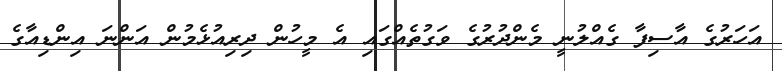
އަހަރުގެ އާސިފާ ގެއްލުނީ މެންދުރުގެ ވަގުތެއްގައި އެ މީހުން ދިރިއުޅެމުން އަންނަ އިންޑިއާގެ